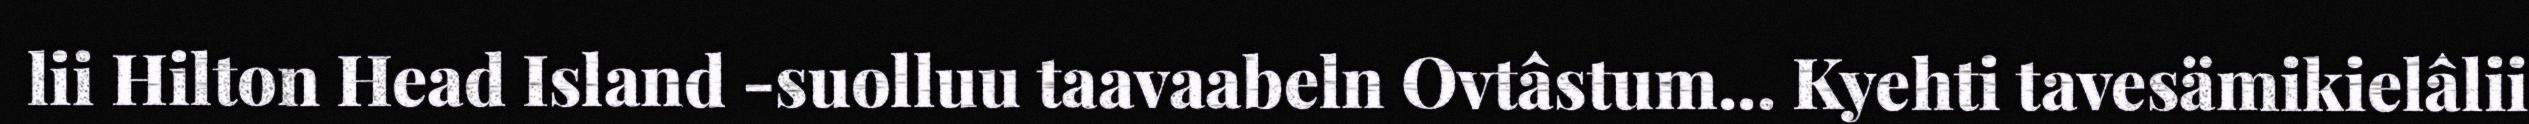
lii Hilton Head Island -suolluu taavaabeln Ovtâstum... Kyehti tavesämikielâlii